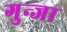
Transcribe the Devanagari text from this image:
गुन्जा